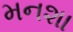
મનશા